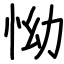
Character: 怮